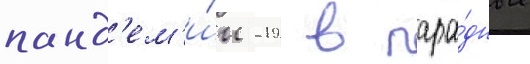
панд'ем'и́и -19 в пара́дные